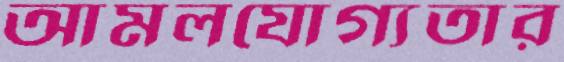
আমলযোগ্যতার